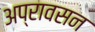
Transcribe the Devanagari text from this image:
अप्रावसन